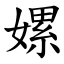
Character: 嫘